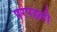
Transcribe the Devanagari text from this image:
परपहली